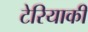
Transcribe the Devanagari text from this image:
टेरियाकी